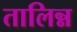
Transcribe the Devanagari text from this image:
तालिन्न